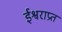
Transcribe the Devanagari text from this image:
ईश्वराप्रत